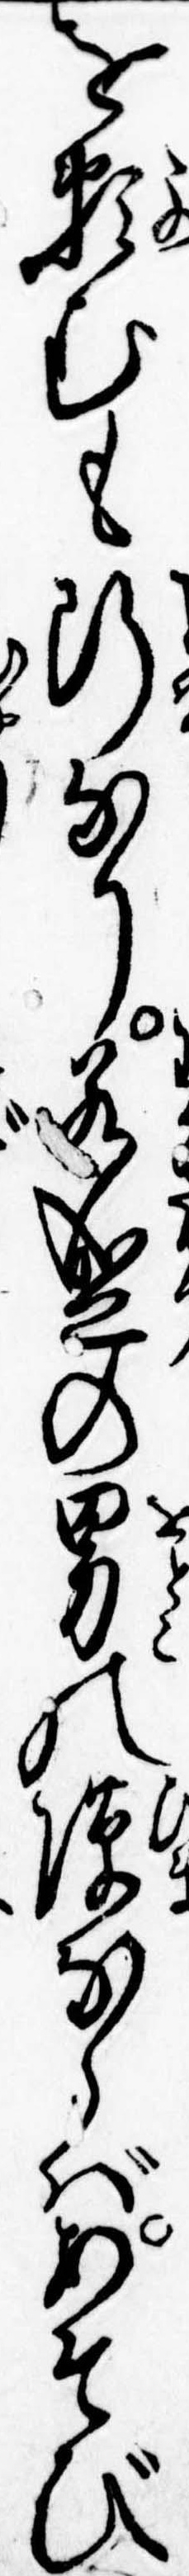
を頼むも断なり若盛の男の隙ならばあそび